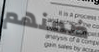
ضمنهم